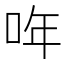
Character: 哖